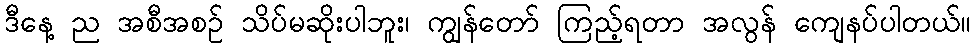
ဒီနေ့ ည အစီအစဉ် သိပ်မဆိုးပါဘူး၊ ကျွန်တော် ကြည့်ရတာ အလွန် ကျေနပ်ပါတယ်။